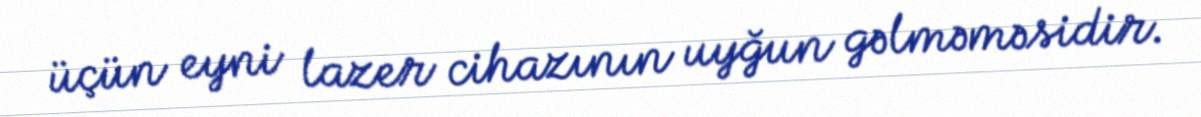
üçün eyni lazer cihazının uyğun gəlməməsidir.